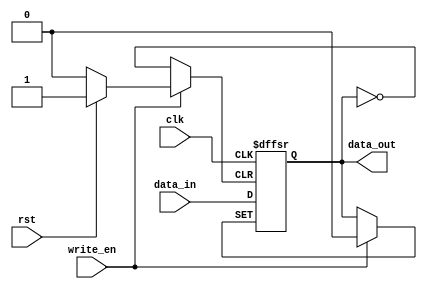
module Register_1bit (input clk, rst, write_en ,input data_in, output data_out);
    reg data;

    always @(posedge clk,posedge rst, negedge write_en) begin
        if (rst)
            data <= 1'b0;
        else if (write_en == 1'b1)
            data <= data_in;
        else
            data <= data;
    end

    assign data_out = data;

endmodule